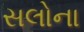
સલોના